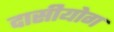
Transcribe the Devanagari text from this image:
दासीयोग